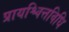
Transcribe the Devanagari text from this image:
प्रायश्चित्तविधि